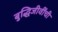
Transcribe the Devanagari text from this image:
बुद्धिजीवींची